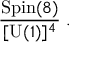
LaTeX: { \frac { \mathrm { S p i n } ( 8 ) } { [ \mathrm { U } ( 1 ) ] ^ { 4 } } } \; .